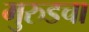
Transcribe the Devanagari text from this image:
मुरुडचा